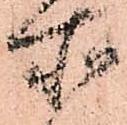
所